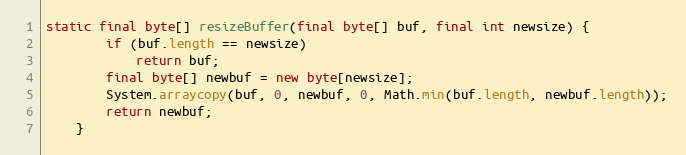
Language: Java
static final byte[] resizeBuffer(final byte[] buf, final int newsize) {
		if (buf.length == newsize)
			return buf;
		final byte[] newbuf = new byte[newsize];
		System.arraycopy(buf, 0, newbuf, 0, Math.min(buf.length, newbuf.length));
		return newbuf;
	}